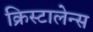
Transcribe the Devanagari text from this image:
क्रिस्टालेन्स